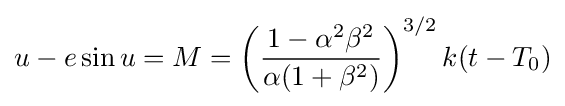
u-e\sin u=M=\left({\frac {1-\alpha ^{2}\beta ^{2}}{\alpha (1+\beta ^{2})}}\right)^{3/2}k(t-T_{0})